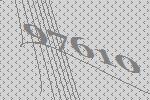
97610